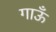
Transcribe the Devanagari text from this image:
गाऊँ